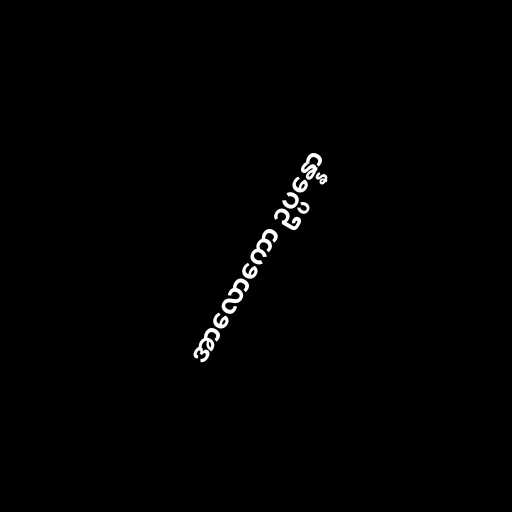
အာလောကော ဥပ္ပန္နော